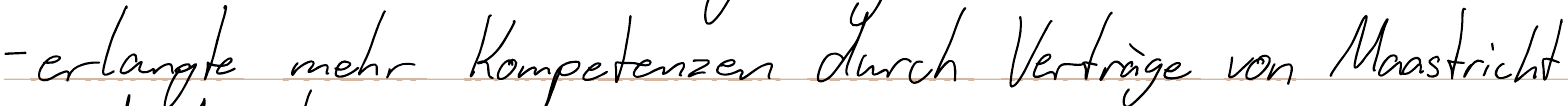
- erlangte mehr Kompetenzen durch Verträge von Maastricht